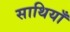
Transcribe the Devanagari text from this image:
साथियाँ